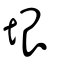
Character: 垠